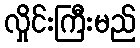
လှိုင်းကြီးမည်